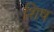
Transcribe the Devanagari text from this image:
शिष